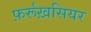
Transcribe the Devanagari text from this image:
फ़र्रूख़सियर